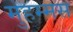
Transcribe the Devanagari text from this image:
मुहम्मस